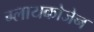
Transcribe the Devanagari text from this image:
ग्लायकोजेन